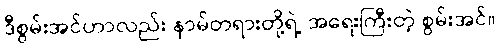
ဒီစွမ်းအင်ဟာလည်း နာမ်တရားတို့ရဲ့ အရေးကြီးတဲ့ စွမ်းအင်။